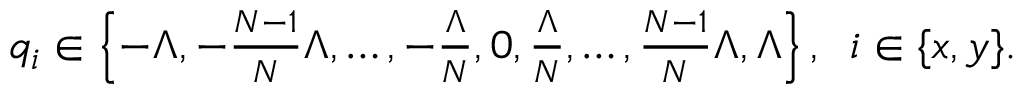
\begin{array} { r } { q _ { i } \in \left\{ - \Lambda , - \frac { N - 1 } { N } \Lambda , \ldots , - \frac { \Lambda } { N } , 0 , \frac { \Lambda } { N } , \ldots , \frac { N - 1 } { N } \Lambda , \Lambda \right\} , \; \; i \in \{ x , y \} . } \end{array}